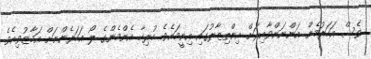
ވެސް އަހަރުމެން އަންނަންވާއިރަށް އިންތިޒާރުގައި އިނީމައެވެ. ހުރިހާ އެންމެންގެ ލޯ އަހަރެންނަށް އަމާޒުވިއެވެ.